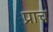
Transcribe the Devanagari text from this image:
प्राच